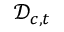
\mathcal { D } _ { c , t }